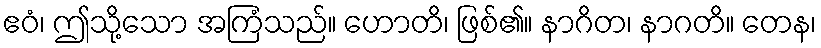
ဧဝံ၊ ဤသို့သော အကြံသည်။ ဟောတိ၊ ဖြစ်၏။ နာဂိတ၊ နာဂတိ။ တေန၊